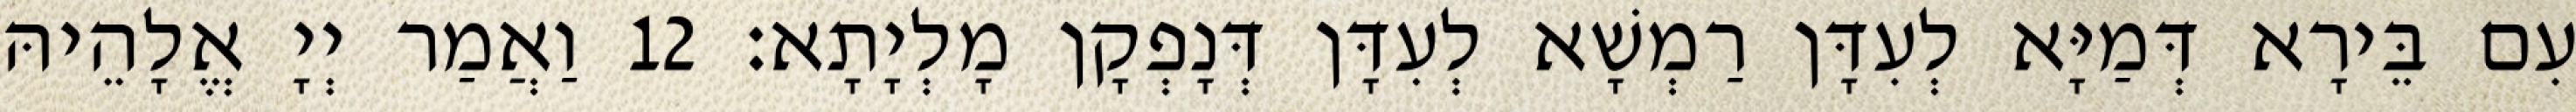
עִם בֵּירָא דְּמַיָּא לְעִדָּן רַמְשָׁא לְעִדָּן דְּנָפְקָן מָלְיָתָא׃ 12 וַאֲמַר יְיָ אֱלָהֵיהּ